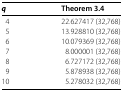
<table><thead><tr><td><b><i>q</i></b></td><td><b>Theorem 3.4</b></td></tr></thead><tbody><tr><td>4</td><td>22.627417 (32,768)</td></tr><tr><td>5</td><td>13.928810 (32,768)</td></tr><tr><td>6</td><td>10.079369 (32,768)</td></tr><tr><td>7</td><td>8.000001 (32,768)</td></tr><tr><td>8</td><td>6.727172 (32,768)</td></tr><tr><td>9</td><td>5.878938 (32,768)</td></tr><tr><td>10</td><td>5.278032 (32,768)</td></tr></tbody></table>